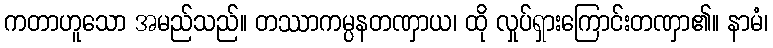
ကတာဟူသော အမည်သည်။ တဿာကမ္ပနတဏှာယ၊ ထို လှုပ်ရှားကြောင်းတဏှာ၏။ နာမံ၊